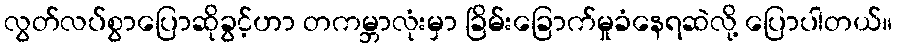
လွတ်လပ်စွာပြောဆိုခွင့်ဟာ တကမ္ဘာလုံးမှာ ခြိမ်းခြောက်မှုခံနေရဆဲလို့ ပြောပါတယ်။